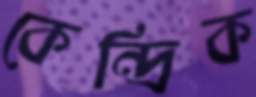
কেন্দ্রিক